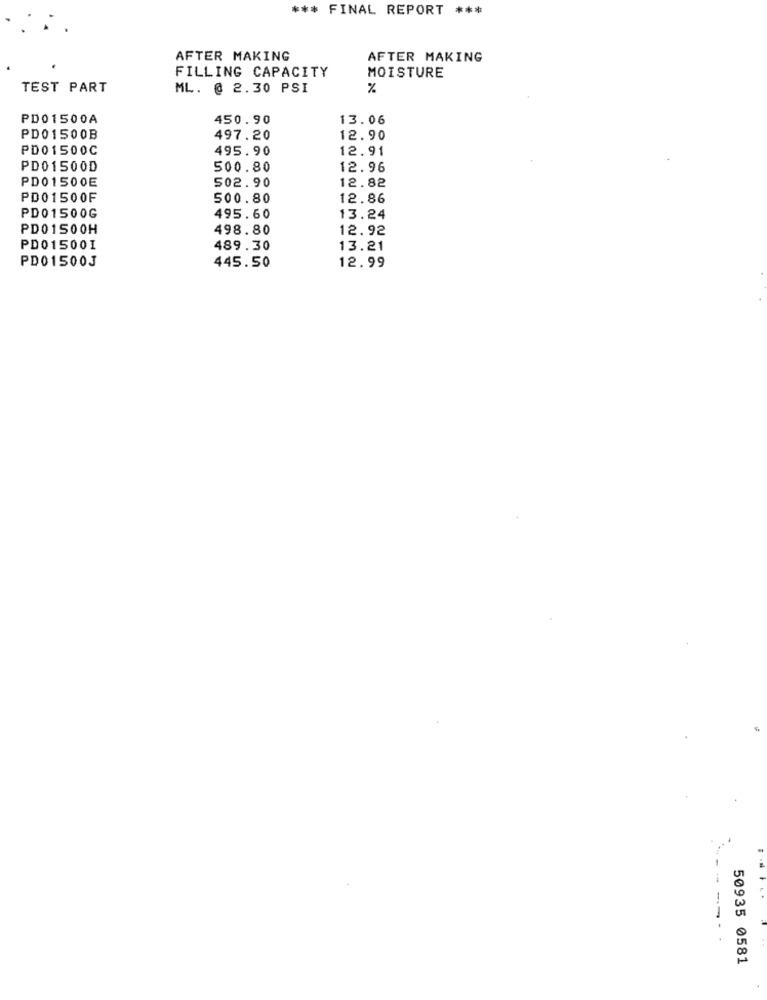
*** FINAL REPORT ***
AFTER MAKING
AFTER MAKING
FILLING CAPACITY
MOISTURE
TEST PART
ML. @ 2.30 PSI
%
PD01500A
450.90
13.06
PD01500B
497.20
12.90
PD01500C
495.90
12.91
PD01500D
500.80
12.96
PD01500E
502.90
12.82
PD01500F
500.80
12.86
PD01500G
495.60
13.24
PD01500H
498.80
12.92
PD01500I
489.30
13.21
PD01500J
445.50
12.99
50935 0581